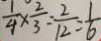
\frac { 1 } { 4 } \times \frac { 2 } { 3 } = \frac { 2 } { 1 2 } = \frac { 1 } { 6 }